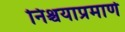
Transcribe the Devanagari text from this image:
निश्चयाप्रमाणे